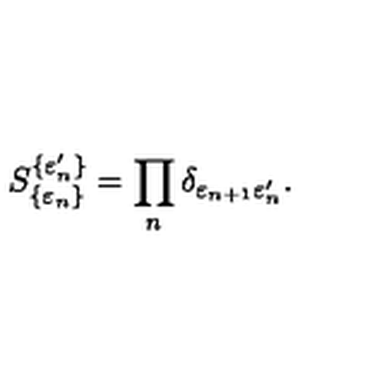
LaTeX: S _ { \{ \varepsilon _ { n } \} } ^ { \{ \varepsilon _ { n } ^ { \prime } \} } = \prod _ { n } \delta _ { \varepsilon _ { n + 1 } \varepsilon _ { n } ^ { \prime } } .